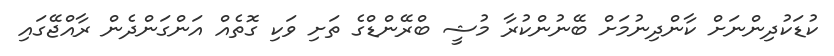
ކުޑަކުދިންނަށް ކާންދިނުމަށް ބޭނުންކުރާ މުޝީ ބްރޭންޑްގެ ތަށި ވަކި ގޮތެއް އަންގަންދެން ރާއްޖޭގައި